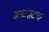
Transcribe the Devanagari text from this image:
कळपाटावर